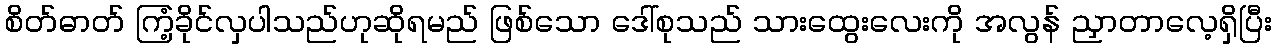
စိတ်ဓာတ် ကြံ့ခိုင်လှပါသည်ဟုဆိုရမည် ဖြစ်သော ဒေါ်စုသည် သားထွေးလေးကို အလွန် ညှာတာလေ့ရှိပြီး